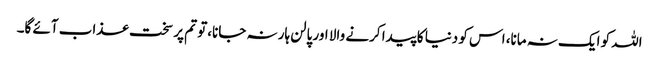
اللہ کو ایک نہ مانا، اس کو دنیا کا پیدا کرنے والا اور پالن ہار نہ جانا،تو تم پر سخت عذاب آئے گا۔